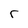
Character: r